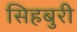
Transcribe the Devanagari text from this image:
सिहबुरी